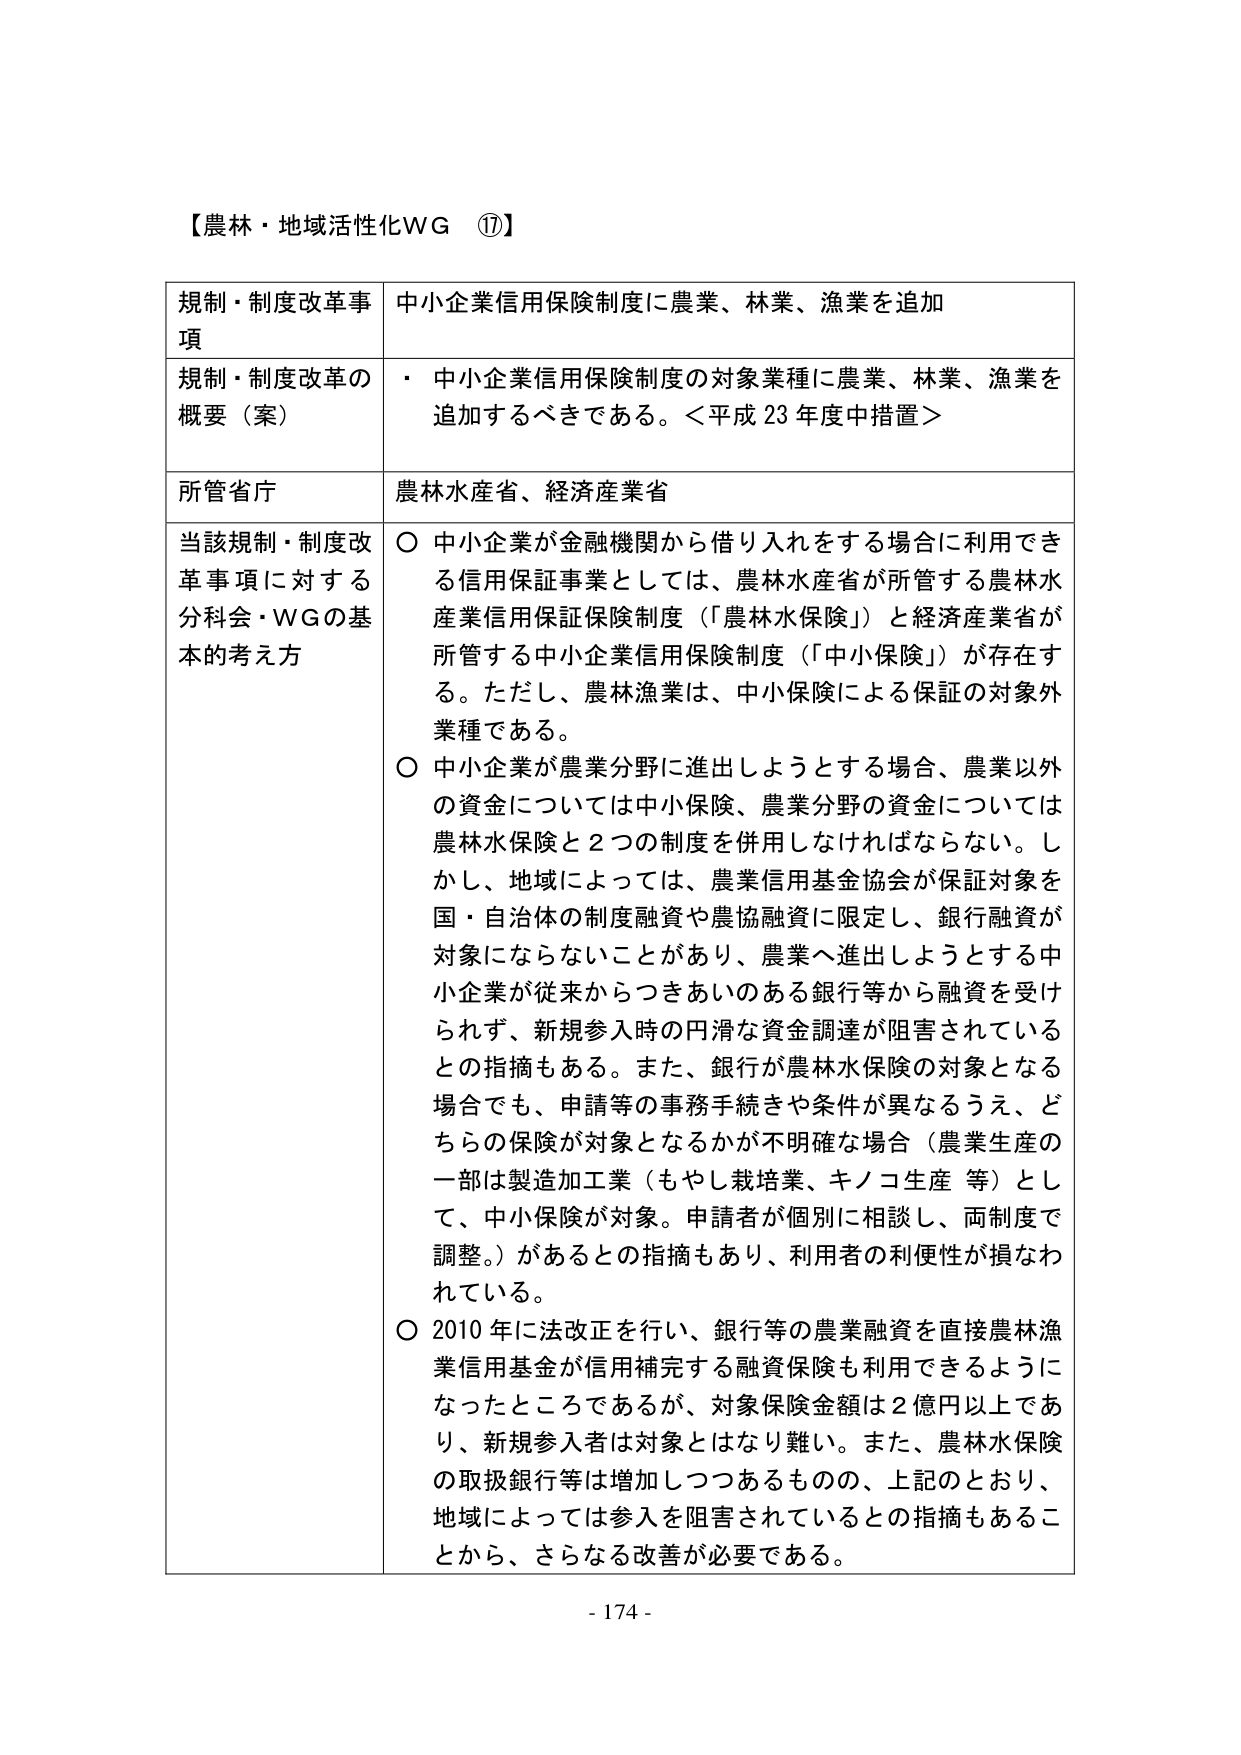
【農林・地域活性化WG ⑰】

規制・制度改革事項　中小企業信用保険制度に農業、林業、漁業を追加

規制・制度改革の概要（案）　・ 中小企業信用保険制度の対象業種に農業、林業、漁業を追加するべきである。＜平成23年度中措置＞

所管省庁　農林水産省、経済産業省

当該規制・制度改革事項に対する分科会・WGの基本的考え方　○ 中小企業が金融機関から借り入れをする場合に利用できる信用保証事業としては、農林水産省が所管する農林水産業信用保証保険制度（「農林水保険」）と経済産業省が所管する中小企業信用保険制度（「中小保険」）が存在する。ただし、農林漁業は、中小保険による保証の対象外業種である。

○ 中小企業が農業分野に進出しようとする場合、農業以外の資金については中小保険、農業分野の資金については農林水保険と2つの制度を併用しなければならない。しかし、地域によっては、農業信用基金協会が保証対象を国・自治体の制度融資や農協融資に限定し、銀行融資が対象にならないことがあり、農業へ進出しようとする中小企業が従来からつきあいのある銀行等から融資を受けられず、新規参入時の円滑な資金調達が阻害されているとの指摘もある。また、銀行が農林水保険の対象となる場合でも、申請等の事務手続きや条件が異なるうえ、どちらの保険が対象となるかが不明確な場合（農業生産の一部は製造加工業（もやし栽培業、キノコ生産 等）として、中小保険が対象。申請者が個別に相談し、両制度で調整。）があるとの指摘もあり、利用者の利便性が損なわれている。

○ 2010年に法改正を行い、銀行等の農業融資を直接農林漁業信用基金が信用補完する融資保険も利用できるようになったところであるが、対象保険金額は2億円以上であり、新規参入者は対象とはなり難い。また、農林水保険の取扱銀行等は増加しつつあるものの、上記のとおり、地域によっては参入を阻害されているとの指摘もあることから、さらなる改善が必要である。

- 174 -